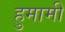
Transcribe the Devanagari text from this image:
हुमामी